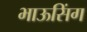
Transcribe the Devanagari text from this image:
भाऊसिंग